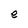
Character: e